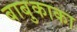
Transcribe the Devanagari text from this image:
बाबुकाका